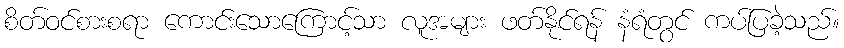
စိတ်ဝင်စားစရာ ကောင်းသောကြောင့်သာ လူအများ ဖတ်နိုင်ရန် နံရံတွင် ကပ်ပြခဲ့သည်။